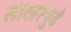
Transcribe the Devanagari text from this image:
साखरपुढे